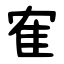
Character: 隺